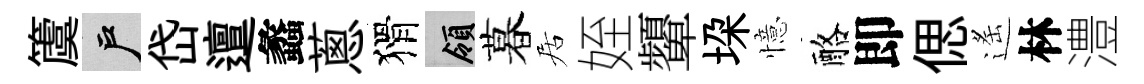
𥵂户岱邅蠡蔥猾領暮居姪顰垜憶酪即偲遙林澧